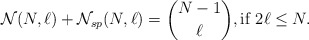
\begin{align*}{\cal{N}}(N,\ell) + {\cal{N}}_{sp}(N,\ell) = {N-1 \choose \ell},\mbox{if }2\ell \le N.\end{align*}